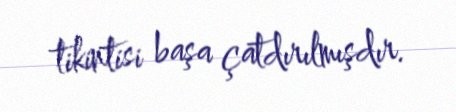
tikintisi başa çatdırılmışdır.